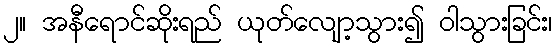
၂။ အနီရောင်ဆိုးရည် ယုတ်လျော့သွား၍ ဝါသွားခြင်း၊